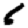
Digit: 6